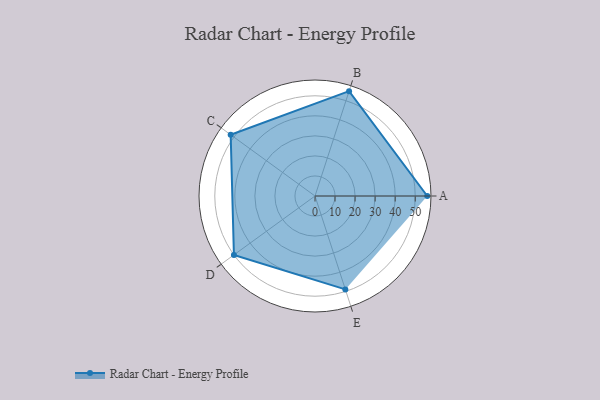
{"axis": {"x": "Skill", "y": "Score"}, "legend": ["Profile"], "data": [{"x": "A", "y": 56.0, "type": "Profile"}, {"x": "B", "y": 55.0, "type": "Profile"}, {"x": "C", "y": 52.0, "type": "Profile"}, {"x": "D", "y": 50.0, "type": "Profile"}, {"x": "E", "y": 49.0, "type": "Profile"}]}